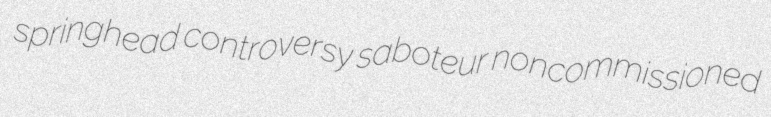
springhead controversy saboteur noncommissioned